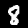
Digit: 8